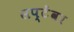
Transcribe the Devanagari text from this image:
सप्टेंवर